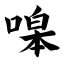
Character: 嗥